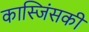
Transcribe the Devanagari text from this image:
कास्जिंसकी